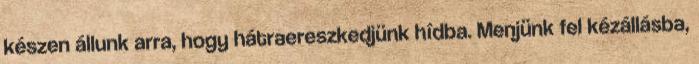
készen állunk arra, hogy hátraereszkedjünk hídba. Menjünk fel kézállásba,